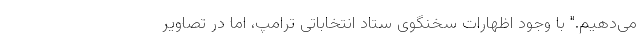
می‌دهیم." با وجود اظهارات سخنگوی ستاد انتخاباتی ترامپ، اما در تصاویر